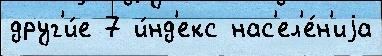
друг'и́е 7 и́нд'екс нас'ел'е́н'иjа